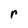
Character: r